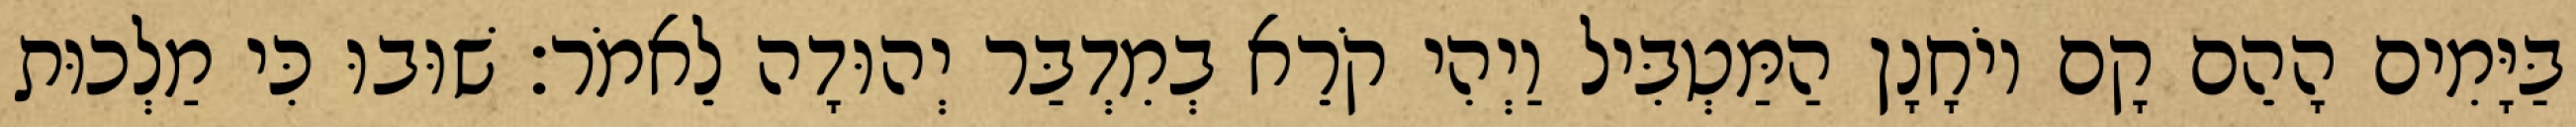
בַּיָּמִים הָהֵם קָם יוֹחָנָן הַמַּטְבִּיל וַיְהִי קֹרֵא בְמִדְבַּר יְהוּדָה לֵאמֹר׃ שׁוּבוּ כִּי מַלְכוּת